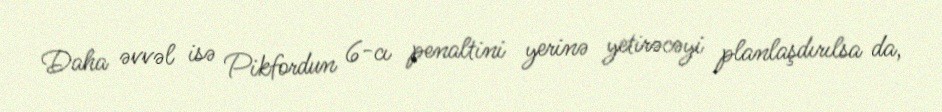
Daha əvvəl isə Pikfordun 6-cı penaltini yerinə yetirəcəyi planlaşdırılsa da,